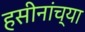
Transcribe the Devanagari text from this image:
हसीनांच्या